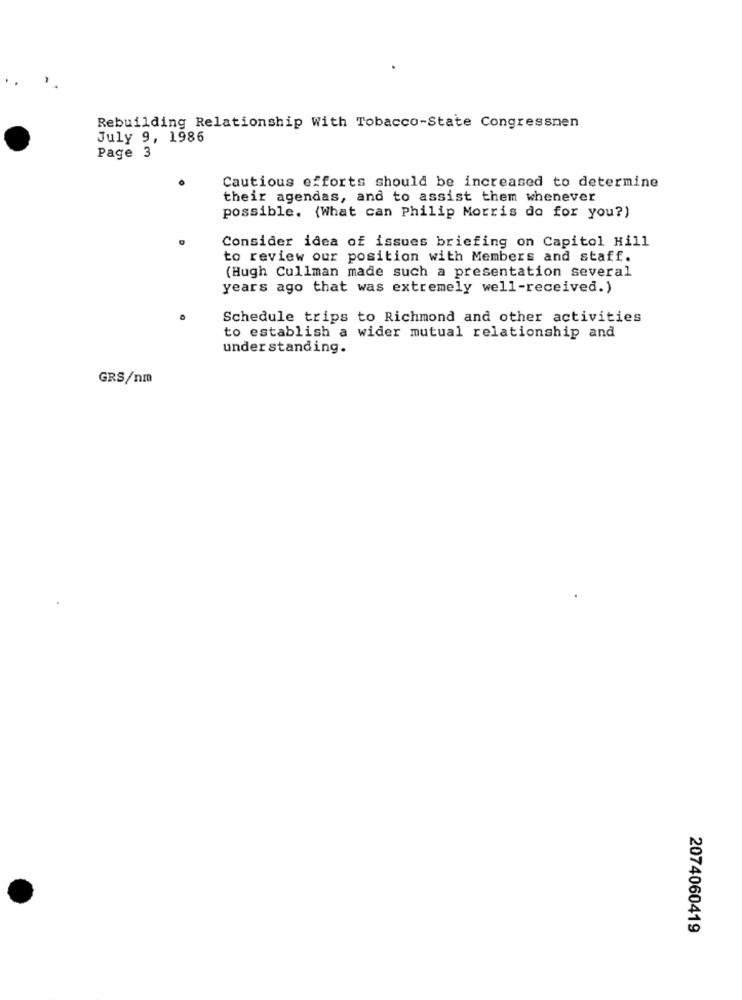
Rebuilding Relationship With Tobacco-State Congressmen
July 9, 1986
Page 3
Cautious efforts should be increased to determine
their agendas, and to assist them whenever
possible. {What can Philip Morris do for you?)
Consider idea of issues briefing on Capitol Hill
to review our position with Members and staff.
(Hugh Cullman made such a presentation several
years ago that was extremely well-received.)
Schedule trips to Richmond and other activities
to establish a wider mutual relationship and
understanding.
GRS/nm
2074060419